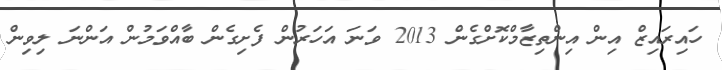
ހައިރައިޒް އިން އިންތިޒާމްކޮށްގެން 2013 ވަނަ އަހަރުން ފެށިގެން ބާއްވަމުން އަންނަ ލިވިން